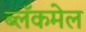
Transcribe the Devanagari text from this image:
ब्लॅकमेल